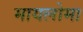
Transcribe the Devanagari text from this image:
मायलोमा